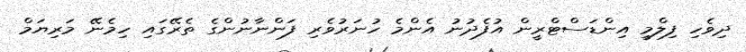
ދިވެހި ފިލްމީ އިންޑަސްޓްރީން އުފެދުނު އެންމެ ހުނަރުވެރި ފަންނާނުންގެ ތެރޭގައި ހިމެނޭ މަރިޔަމް